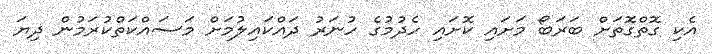
އެކި ގޮތްގޮތަށް ބަރަބޯ މަށައި ކޮށައި ހެދުމުގެ ހުނަރު ދައްކައިލުމަށް މަސައްކަތްކުރަމުން ދިޔަ